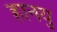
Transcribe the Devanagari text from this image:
हानयु